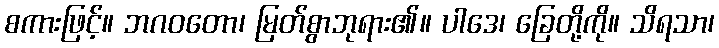
စကားဖြင့်။ ဘဂဝတော၊ မြတ်စွာဘုရား၏။ ပါဒေ၊ ခြေတို့ကို။ သိရသာ၊